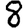
Digit: 8